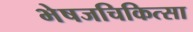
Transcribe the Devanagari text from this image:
भेषजचिकित्सा